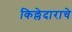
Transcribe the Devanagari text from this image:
किल्लेदाराचे